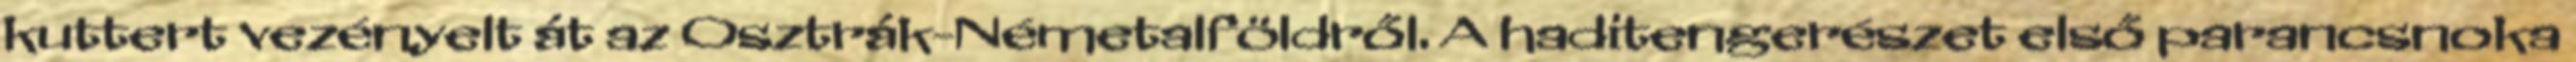
kuttert vezényelt át az Osztrák-Németalföldről. A haditengerészet első parancsnoka